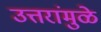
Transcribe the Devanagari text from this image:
उत्तरांमुळे